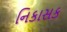
નિકાસક